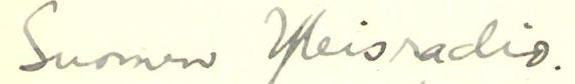
Suomen Yleisradio.